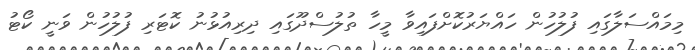
މިމައްސަލާގައި ފުލުހުން ހައްޔަރުކޮށްފައިވާ މީހާ ތުލުސްދޫގައި ދިރިއުޅުނު ކޮޓަރި ފުލުހުން ވަނީ ކޯޓު